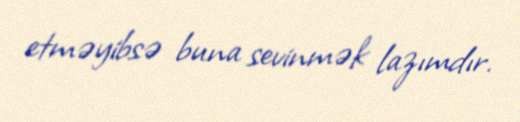
etməyibsə buna sevinmək lazımdır.